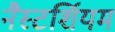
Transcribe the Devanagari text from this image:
नैस्टर्शियम